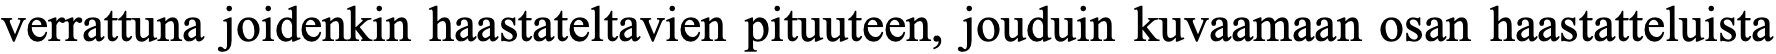
verrattuna joidenkin haastateltavien pituuteen, jouduin kuvaamaan osan haastatteluista